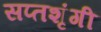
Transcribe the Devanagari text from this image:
सप्‍तशृंगी